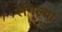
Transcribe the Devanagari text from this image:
रंगिल्या